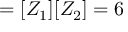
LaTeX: = [ Z _ { 1 } ] [ Z _ { 2 } ] = 6